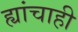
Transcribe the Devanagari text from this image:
ह्यांचाही